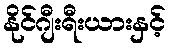
နိုင်ဂျီးရီးယားနှင့်